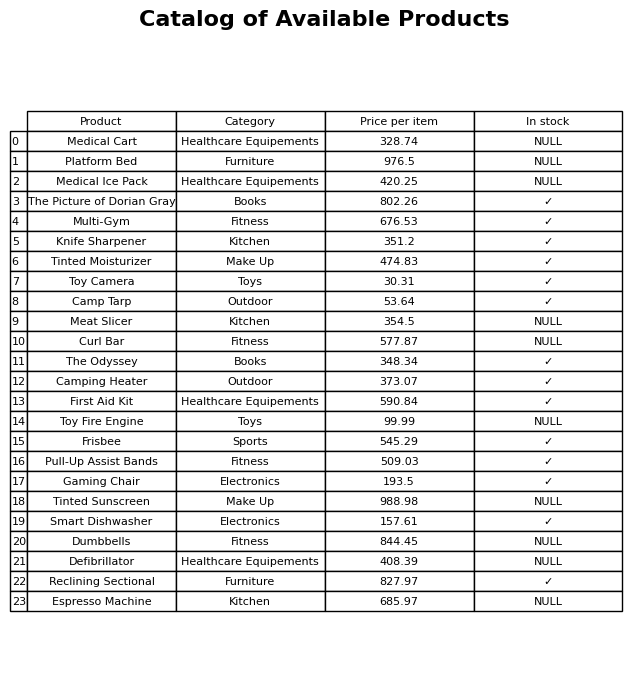
question: What is the price for Tinted Moisturizer?
answer: The price of Tinted Moisturizer is 474.83.